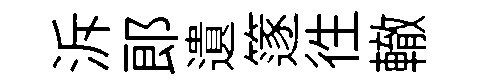
泝郞遺篴徃轍